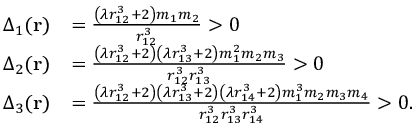
\begin{array} { r l } { \Delta _ { 1 } ( \mathbf { r } ) } & { = \frac { { \left( \lambda r _ { 1 2 } ^ { 3 } + 2 \right) } m _ { 1 } m _ { 2 } } { r _ { 1 2 } ^ { 3 } } > 0 } \\ { \Delta _ { 2 } ( \mathbf { r } ) } & { = \frac { { \left( \lambda r _ { 1 2 } ^ { 3 } + 2 \right) } { \left( \lambda r _ { 1 3 } ^ { 3 } + 2 \right) } m _ { 1 } ^ { 2 } m _ { 2 } m _ { 3 } } { r _ { 1 2 } ^ { 3 } r _ { 1 3 } ^ { 3 } } > 0 } \\ { \Delta _ { 3 } ( \mathbf { r } ) } & { = \frac { { \left( \lambda r _ { 1 2 } ^ { 3 } + 2 \right) } { \left( \lambda r _ { 1 3 } ^ { 3 } + 2 \right) } { \left( \lambda r _ { 1 4 } ^ { 3 } + 2 \right) } m _ { 1 } ^ { 3 } m _ { 2 } m _ { 3 } m _ { 4 } } { r _ { 1 2 } ^ { 3 } r _ { 1 3 } ^ { 3 } r _ { 1 4 } ^ { 3 } } > 0 . } \end{array}